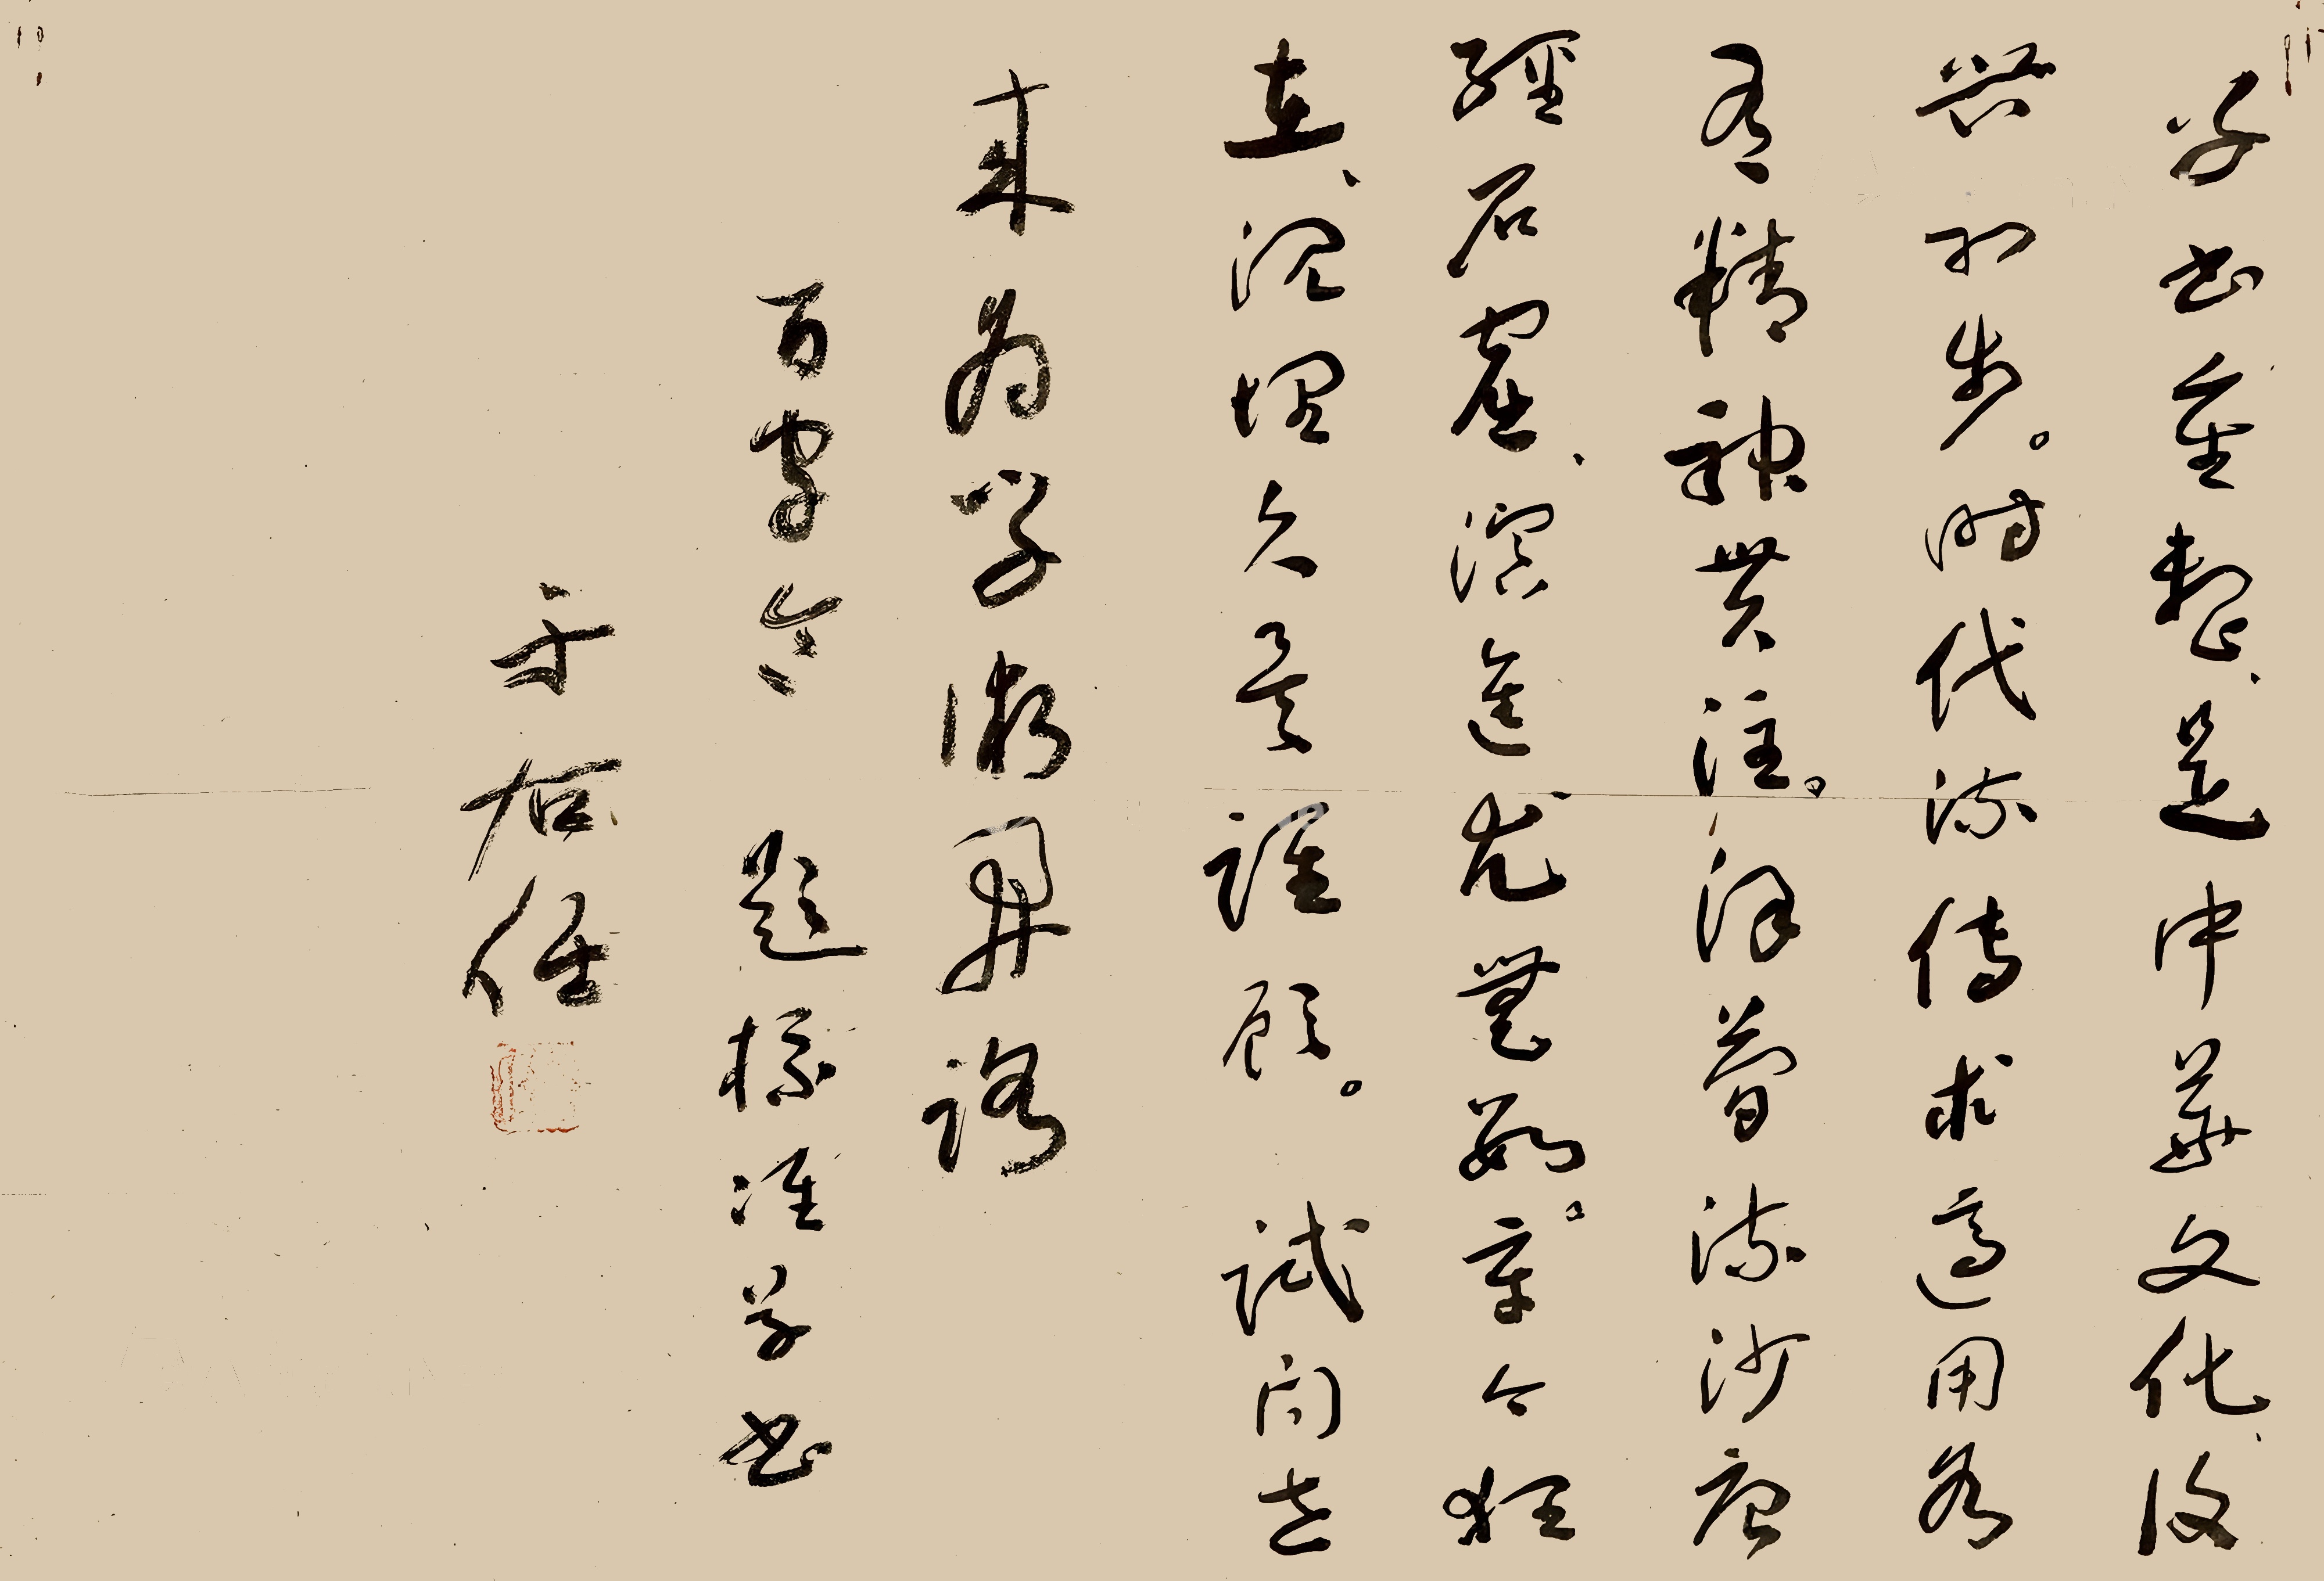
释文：草书重整，是中华文化复兴初步，时代流传求适用，各有精神贯注，汉简流沙，唐经石窟，演进尤无数。章今狂在，沉埋久量谁顾。试问世来为学术开路。百字令，题标准草书，于右任。